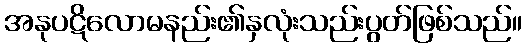
အနုပဋိလောမနည်း၏နှလုံးသည်းပွတ်ဖြစ်သည်။